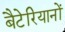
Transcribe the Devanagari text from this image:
बैटेरियानों